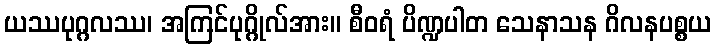
ယဿပုဂ္ဂလဿ၊ အကြင်ပုဂ္ဂိုလ်အား။ စီဝရံ ပိဏ္ဍပါတ သေနာသန ဂိလနပစ္စယ